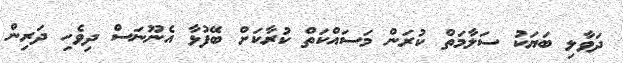
ދަވާލި ބަޔަކު ސަލާމަތް ކުރަން މަސައްކަތް ކުރާކަށް ބޭފުޅާ އެނޫނަސް ދިވެހި ދަރިން